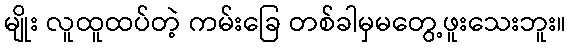
မျိုး လူထူထပ်တဲ့ ကမ်းခြေ တစ်ခါမှမတွေ့ဖူးသေးဘူး။